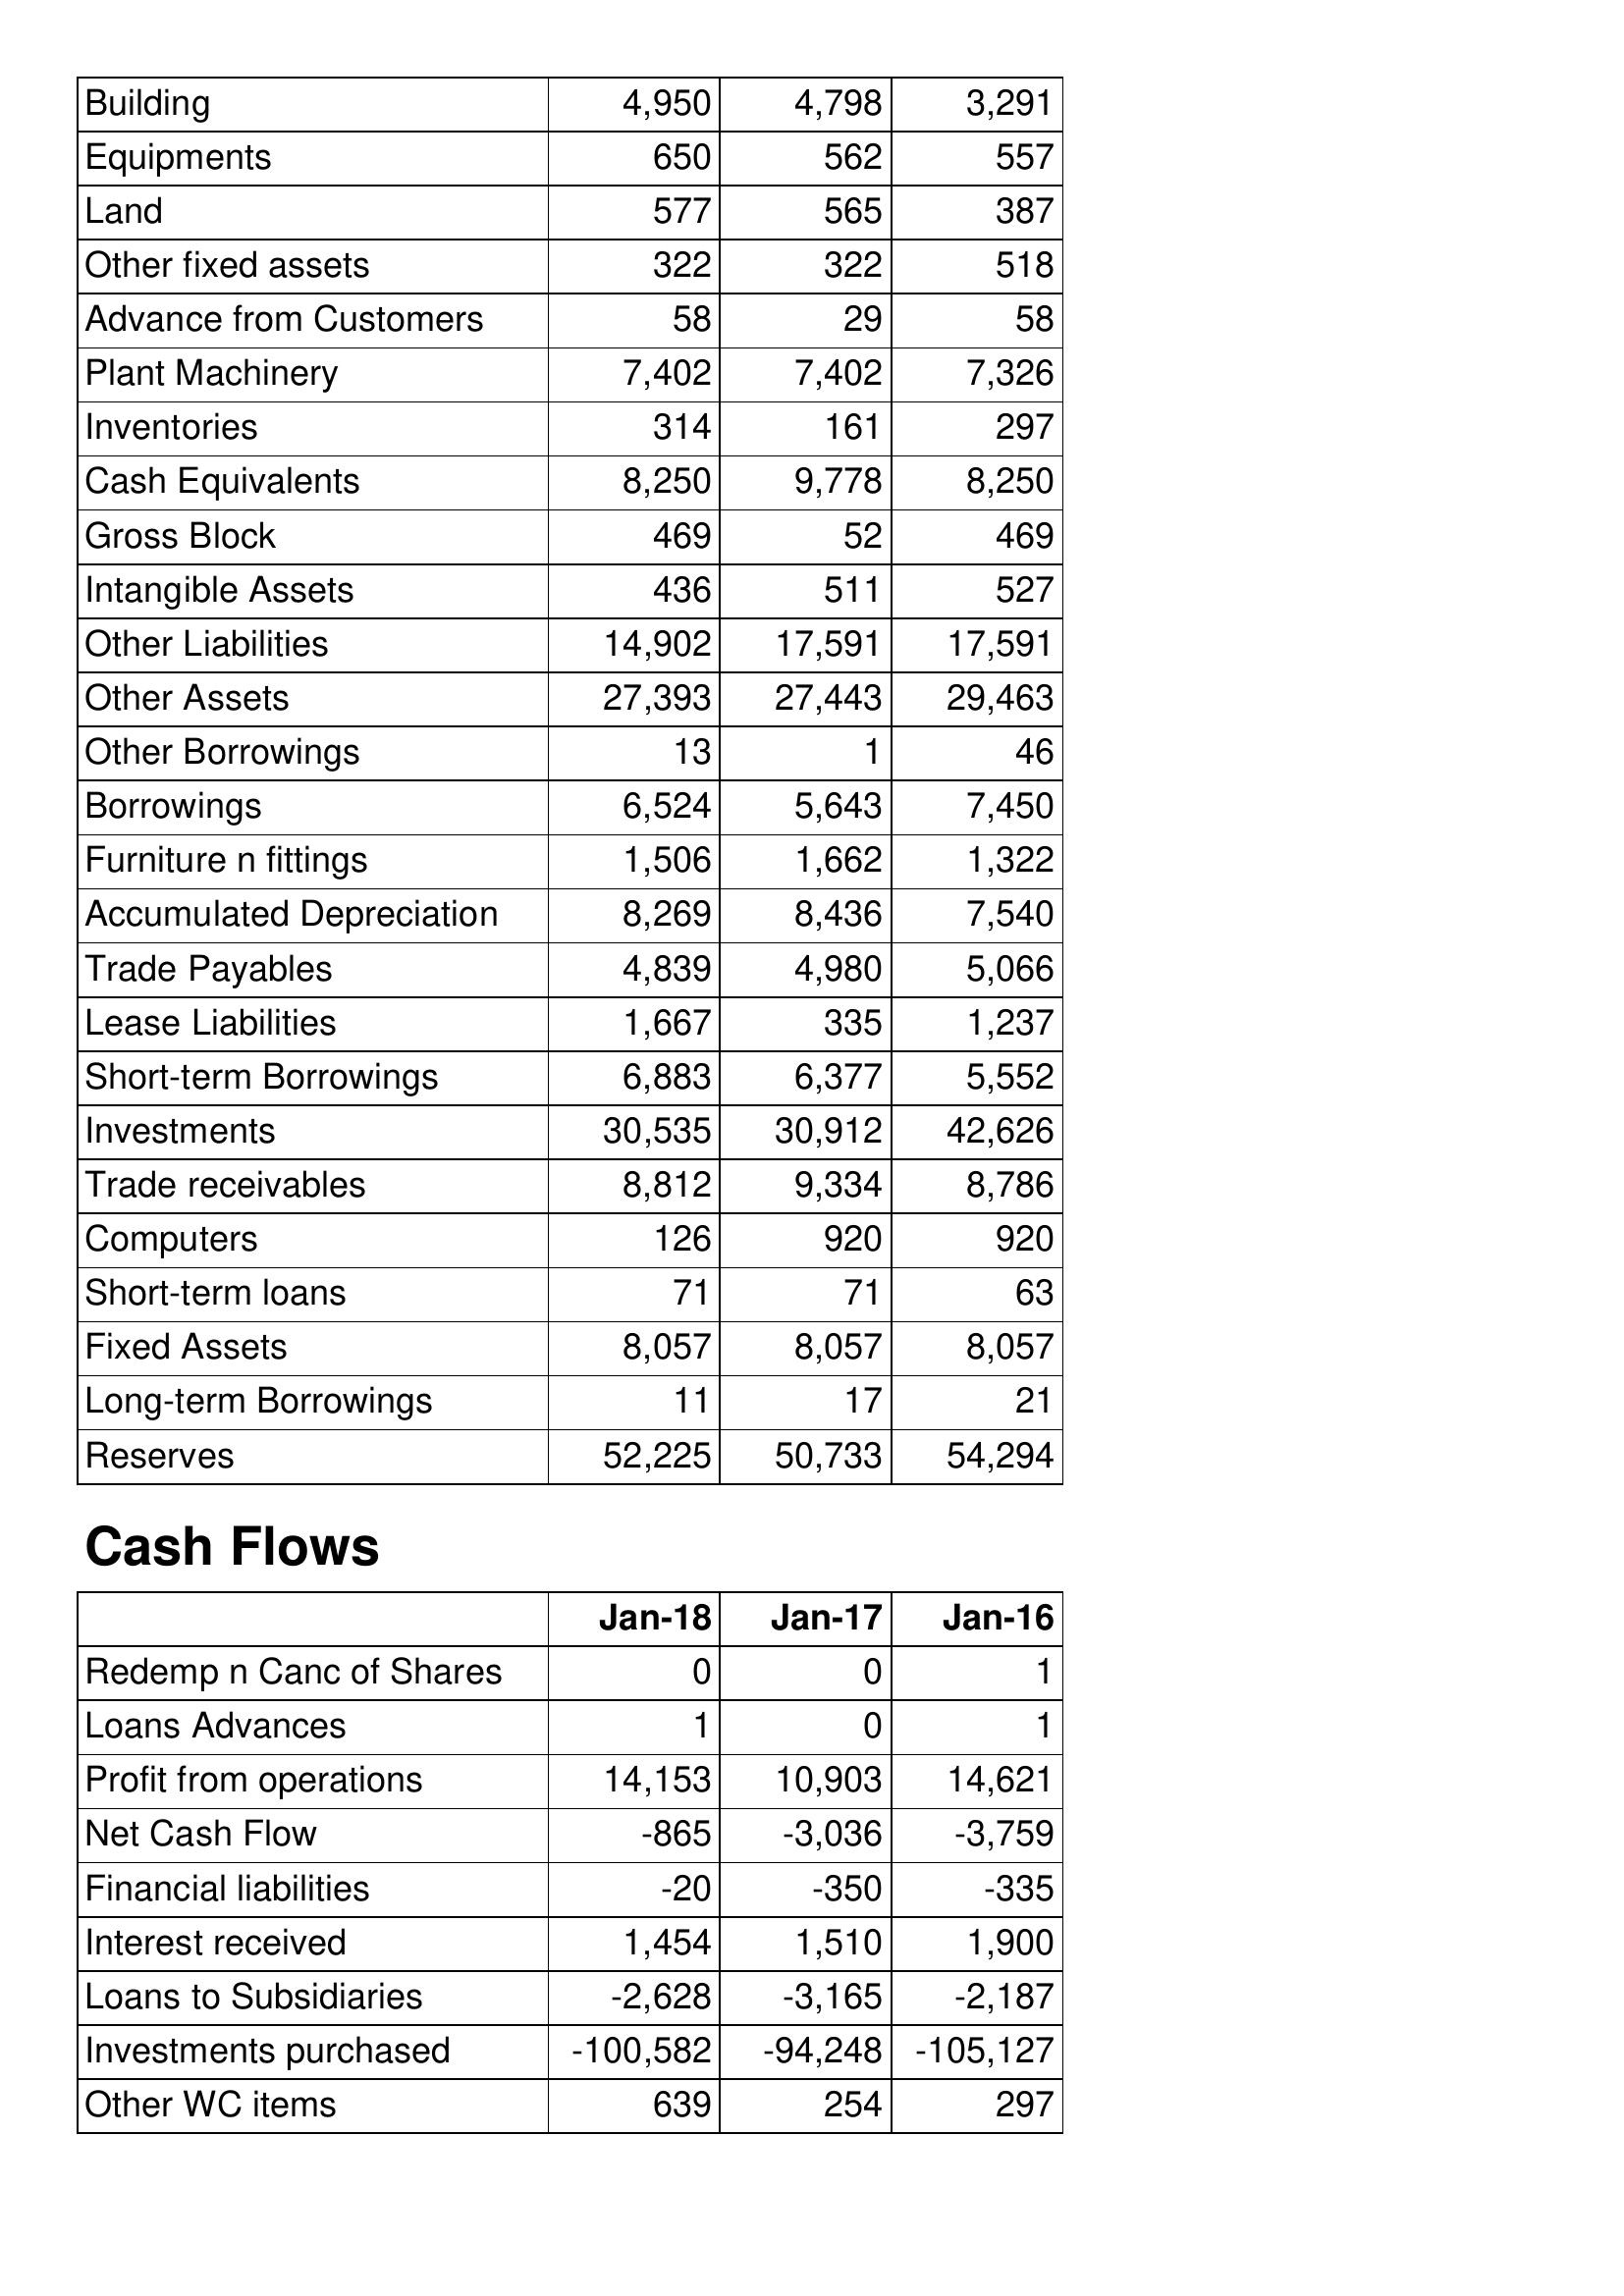
Jan-18: Balance Sheet: Building: 4,950
Equipments: 650
Land: 577
Other fixed assets: 322
Advance from Customers: 58
Plant Machinery: 7,402
Inventories: 314
Cash Equivalents: 8,250
Gross Block: 469
Intangible Assets: 436
Other Liabilities: 14,902
Other Assets: 27,393
Other Borrowings: 13
Borrowings: 6,524
Furniture n fittings: 1,506
Accumulated Depreciation: 8,269
Trade Payables: 4,839
Lease Liabilities: 1,667
Short-term Borrowings: 6,883
Investments: 30,535
Trade receivables: 8,812
Computers: 126
Short-term loans: 71
Fixed Assets: 8,057
Long-term Borrowings: 11
Reserves: 52,225
Cash Flows: Redemp n Canc of Shares: 0
Loans Advances: 1
Profit from operations: 14,153
Net Cash Flow: -865
Financial liabilities: -20
Interest received: 1,454
Loans to Subsidiaries: -2,628
Investments purchased: -100,582
Other WC items: 639
Jan-17: Balance Sheet: Building: 4,798
Equipments: 562
Land: 565
Other fixed assets: 322
Advance from Customers: 29
Plant Machinery: 7,402
Inventories: 161
Cash Equivalents: 9,778
Gross Block: 52
Intangible Assets: 511
Other Liabilities: 17,591
Other Assets: 27,443
Other Borrowings: 1
Borrowings: 5,643
Furniture n fittings: 1,662
Accumulated Depreciation: 8,436
Trade Payables: 4,980
Lease Liabilities: 335
Short-term Borrowings: 6,377
Investments: 30,912
Trade receivables: 9,334
Computers: 920
Short-term loans: 71
Fixed Assets: 8,057
Long-term Borrowings: 17
Reserves: 50,733
Cash Flows: Redemp n Canc of Shares: 0
Loans Advances: 0
Profit from operations: 10,903
Net Cash Flow: -3,036
Financial liabilities: -350
Interest received: 1,510
Loans to Subsidiaries: -3,165
Investments purchased: -94,248
Other WC items: 254
Jan-16: Balance Sheet: Building: 3,291
Equipments: 557
Land: 387
Other fixed assets: 518
Advance from Customers: 58
Plant Machinery: 7,326
Inventories: 297
Cash Equivalents: 8,250
Gross Block: 469
Intangible Assets: 527
Other Liabilities: 17,591
Other Assets: 29,463
Other Borrowings: 46
Borrowings: 7,450
Furniture n fittings: 1,322
Accumulated Depreciation: 7,540
Trade Payables: 5,066
Lease Liabilities: 1,237
Short-term Borrowings: 5,552
Investments: 42,626
Trade receivables: 8,786
Computers: 920
Short-term loans: 63
Fixed Assets: 8,057
Long-term Borrowings: 21
Reserves: 54,294
Cash Flows: Redemp n Canc of Shares: 1
Loans Advances: 1
Profit from operations: 14,621
Net Cash Flow: -3,759
Financial liabilities: -335
Interest received: 1,900
Loans to Subsidiaries: -2,187
Investments purchased: -105,127
Other WC items: 297